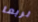
لربما